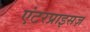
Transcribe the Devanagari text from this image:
एंटरप्राइसज़